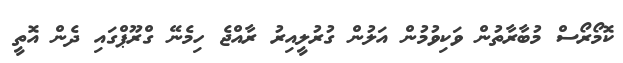
ކޮމޯރޯސް މުބާރާތުން ވަކިވުމުން އަލުން ގުރުލީއިރު ރާއްޖެ ހިމެނޭ ގްރޫޕްގައި ދެން އޮތީ